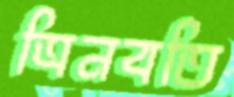
ত্রিনবতি